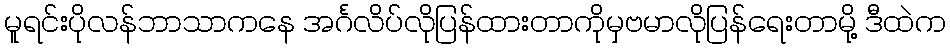
မူရင်းပိုလန်ဘာသာကနေ အင်္ဂလိပ်လိုပြန်ထားတာကိုမှဗမာလိုပြန်ရေးတာမို့ ဒီထဲက